画像に写った文字を読んでください
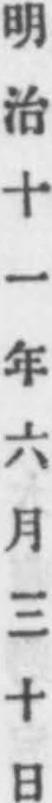
「明治十一年六月三十日」と書いてあります